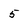
Character: 5